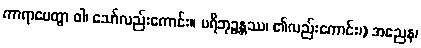
ကာရာပေတွာ ဝါ၊ သော်လည်းကောင်း။ ပရိဘုဉ္ဇန္တဿ၊ ၏လည်းကောင်း၊) အညေန၊